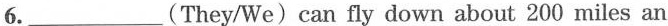
6.___(They/We)can fly down about 200 miles an